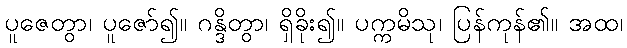
ပူဇေတွာ၊ ပူဇော်၍။ ဂန္ဒိတွာ၊ ရှိခိုး၍။ ပက္ကမိသု၊ ပြန်ကုန်၏။ အထ၊